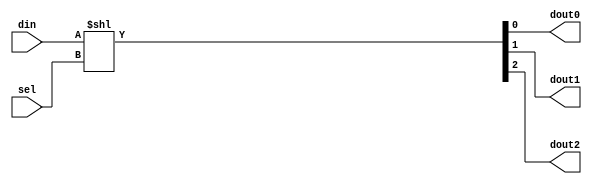

module b1_demux_1_3_shift
(
    input        din,
    input  [1:0] sel,
    output       dout0,
    output       dout1,
    output       dout2 
);
    assign { dout2, dout1, dout0 } = din << sel;

endmodule